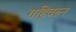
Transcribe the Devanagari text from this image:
गहिवरुन